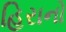
હિરાનો